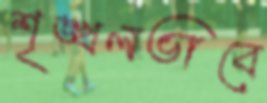
শৃঙ্খলভাবে